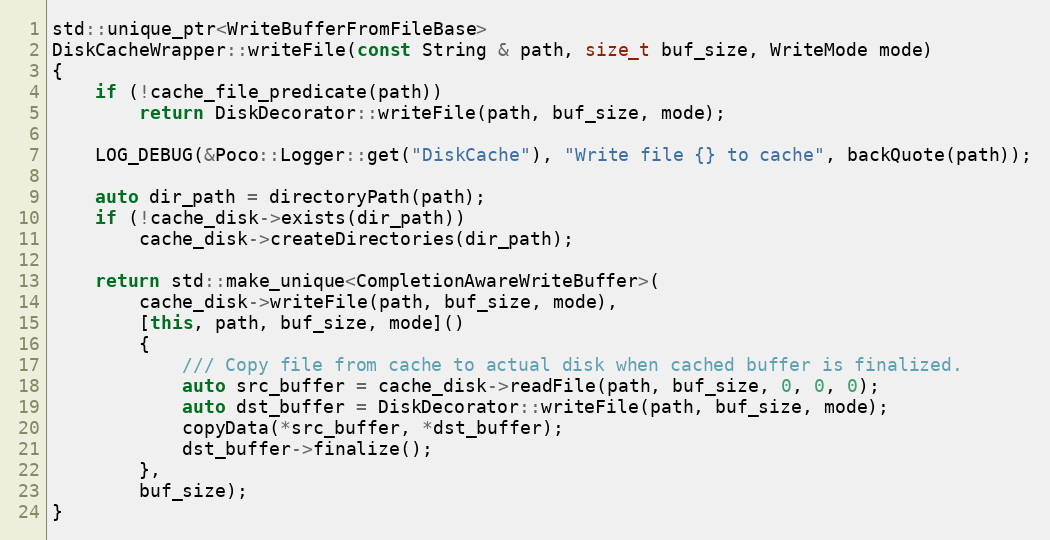
Language: C++
std::unique_ptr<WriteBufferFromFileBase>
DiskCacheWrapper::writeFile(const String & path, size_t buf_size, WriteMode mode)
{
    if (!cache_file_predicate(path))
        return DiskDecorator::writeFile(path, buf_size, mode);

    LOG_DEBUG(&Poco::Logger::get("DiskCache"), "Write file {} to cache", backQuote(path));

    auto dir_path = directoryPath(path);
    if (!cache_disk->exists(dir_path))
        cache_disk->createDirectories(dir_path);

    return std::make_unique<CompletionAwareWriteBuffer>(
        cache_disk->writeFile(path, buf_size, mode),
        [this, path, buf_size, mode]()
        {
            /// Copy file from cache to actual disk when cached buffer is finalized.
            auto src_buffer = cache_disk->readFile(path, buf_size, 0, 0, 0);
            auto dst_buffer = DiskDecorator::writeFile(path, buf_size, mode);
            copyData(*src_buffer, *dst_buffer);
            dst_buffer->finalize();
        },
        buf_size);
}